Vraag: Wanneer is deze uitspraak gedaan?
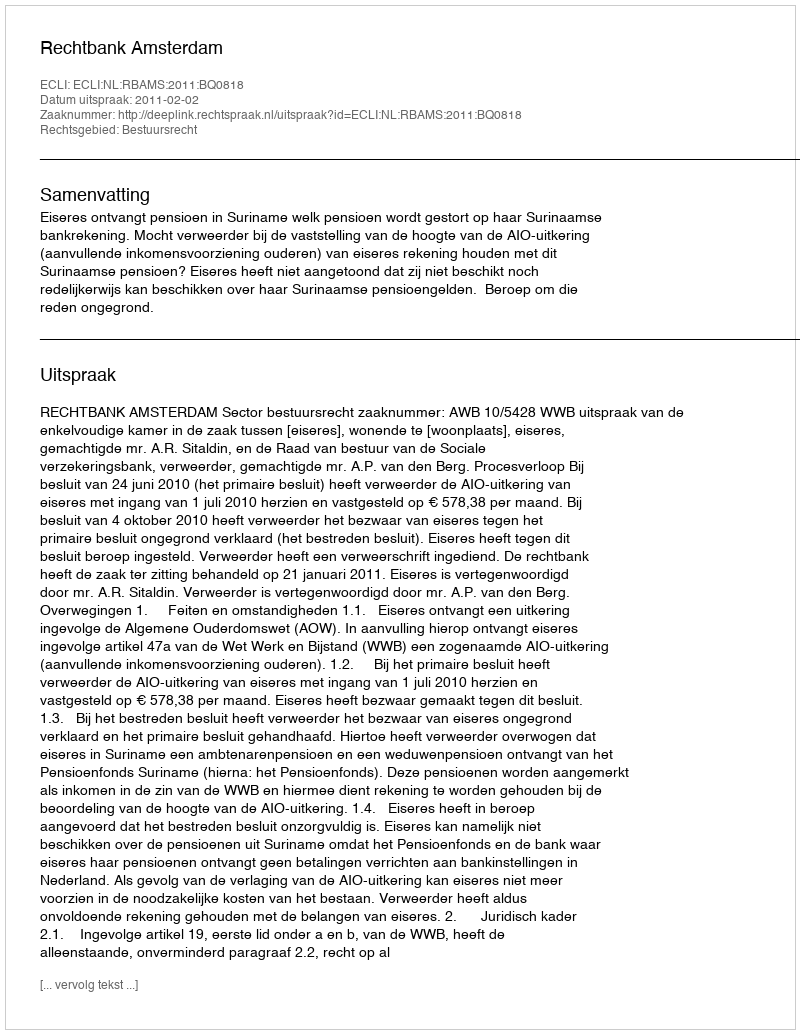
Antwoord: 2011-02-02